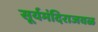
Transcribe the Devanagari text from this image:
सूर्यमंदिराजवळ